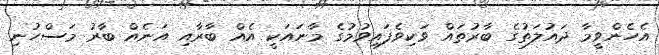
އެހެންވީމާ ދައުލަތުގެ ބާރުތައް ވަކިވެފައިވުމުގެ މާނައަކީ އެއް ބާރާއި އަނެއް ބާރު މަސްހުނި